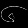
Digit: ၆